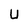
Character: U